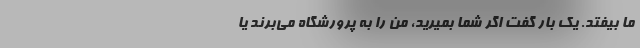
ما بیفتد. یک بار گفت اگر شما بمیرید، من را به پرورشگاه می‌برند یا